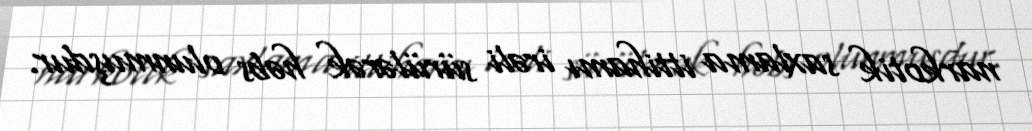
narkotik saxlama ittihamı irəli sürülərək həbs olunmuşdur.